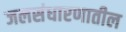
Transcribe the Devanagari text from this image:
जलसंधारणातील